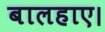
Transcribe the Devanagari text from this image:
बालहाए।